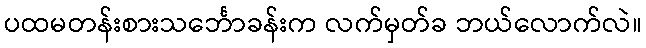
ပထမတန်းစားသင်္ဘောခန်းက လက်မှတ်ခ ဘယ်လောက်လဲ။